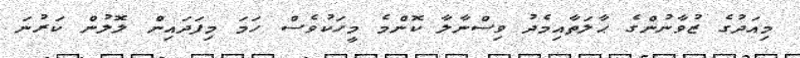
މިއަދުގެ ޒުވާނުންގެ ޙާލަތާއިމެދު ވިސްނާލާ ކޮންމެ މީހަކުވެސް ހަމަ މިފަދައިން ލޮލުން ކަރުނަ